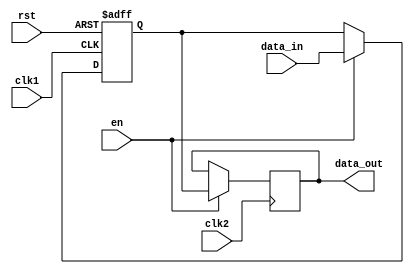
module bypass_register (
    input clk1,
    input clk2,
    input rst,
    input en,
    input [7:0] data_in,
    output reg [7:0] data_out
);

reg [7:0] internal_reg;

always @(posedge clk1 or posedge rst) begin
    if (rst) begin
        internal_reg <= 8'b0;
    end else begin
        if (en) begin
            internal_reg <= data_in;
        end
    end
end

always @(posedge clk2) begin
    if (en) begin
        data_out <= internal_reg;
    end
end

endmodule